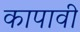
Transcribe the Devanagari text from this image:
कापावी